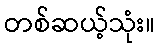
တစ်ဆယ့်သုံး။